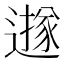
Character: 𨗅